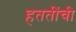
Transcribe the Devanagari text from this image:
हततींची